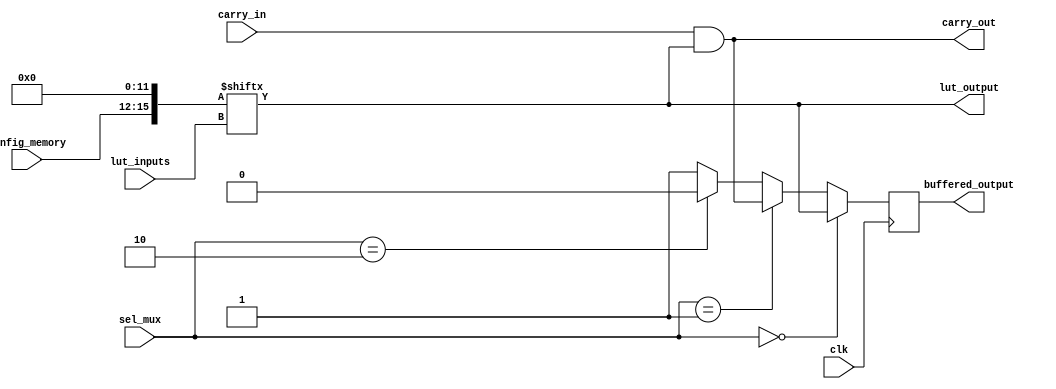
module CLB (
    input wire [3:0] lut_inputs,        // 4 inputs for LUT
    input wire [1:0] sel_mux,           // Selector for multiplexer
    input wire carry_in,                 // Carry input for carry logic
    input wire clk,                      // Clock signal for flip-flops (if used)
    input wire [3:0] config_memory,     // Configuration memory for LUT
    output wire lut_output,              // Output from the LUT
    output wire carry_out,               // Carry output
    output wire buffered_output          // Buffered output
);

    // Lookup Table (LUT) implementation
    reg [15:0] lut; // 4-input LUT can represent 16 different logic functions
    always @(*) begin
        lut = {config_memory[3:0], 12'b0}; // Load configuration into LUT
    end

    assign lut_output = lut[lut_inputs]; // LUT output based on inputs

    // Multiplexer implementation
    wire mux_out;
    assign mux_out = (sel_mux == 2'b00) ? lut_output :
                     (sel_mux == 2'b01) ? carry_out :
                     (sel_mux == 2'b10) ? 1'b0 : // Logic for additional input
                     1'b1; // Default case

    // Carry logic (simple example)
    assign carry_out = carry_in & lut_output; // Example carry logic

    // Output buffer
    reg buffered_reg;
    always @(posedge clk) begin
        buffered_reg <= mux_out; // Buffering the output
    end

    assign buffered_output = buffered_reg; // Final output

endmodule